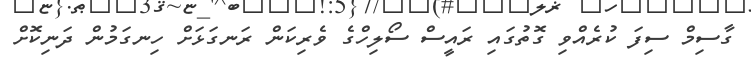
ގާސިމް ސިފަ ކުރެއްވި ގޮތުގައި ރައީސް ސޯލިހްގެ ވެރިކަން ރަނގަޅަށް ހިނގަމުން ދަނިކޮށް